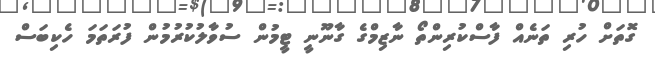
ގޮތަށް ހުރި ތަނެއް ފާސްކުރިންތޯ ނާޒިމްގެ ގާނޫނީ ޓީމުން ސުވާލުކުރުމުން ފުރަތަމަ ހެކިބަސް